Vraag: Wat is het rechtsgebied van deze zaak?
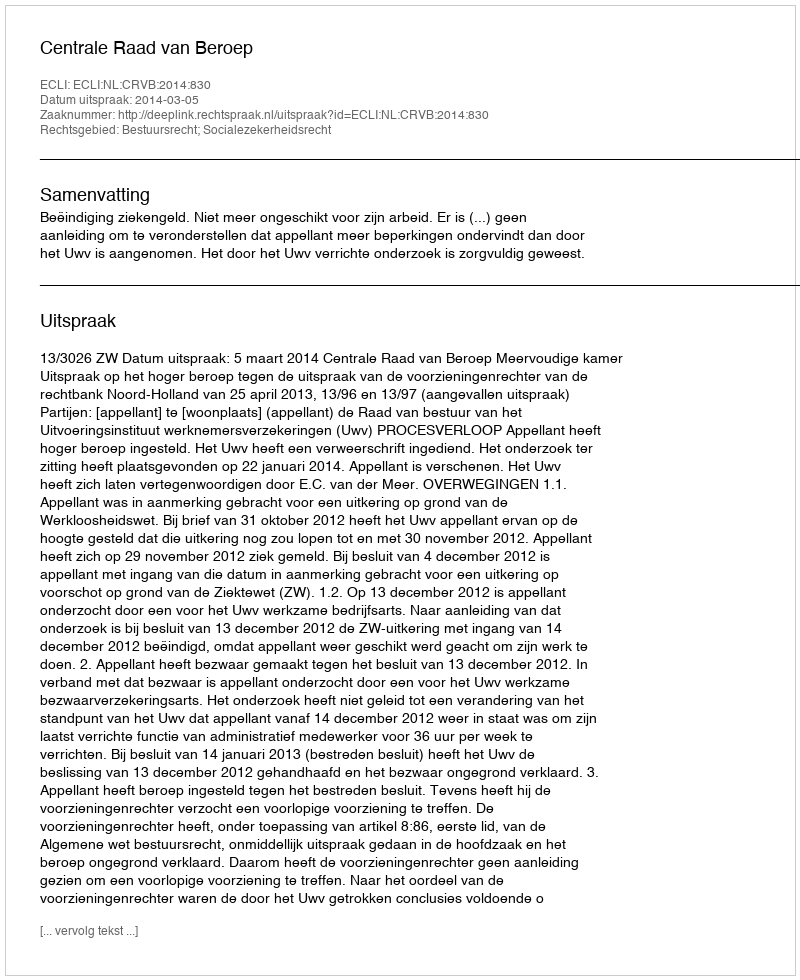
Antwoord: Bestuursrecht; Socialezekerheidsrecht